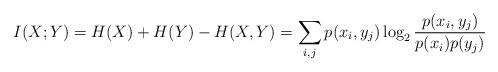
LaTeX: \begin{align*}I(X; Y) = H(X) + H(Y) - H(X, Y) = \sum_{i,j} p(x_i, y_j) \log_2 \frac{p(x_i, y_j)}{p(x_i) p(y_j)}\end{align*}